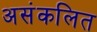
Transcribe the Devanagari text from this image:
असंकलित